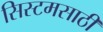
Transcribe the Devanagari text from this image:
सिस्टमसाठी